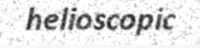
helioscopic